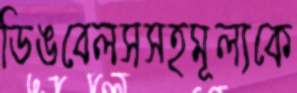
ডিঙবেলসসহমূল্যকে